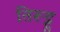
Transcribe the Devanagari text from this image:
तिरूट्टु